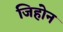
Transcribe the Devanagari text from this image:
जिहोन